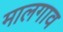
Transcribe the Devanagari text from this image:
मालगाव